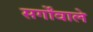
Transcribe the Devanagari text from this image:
सर्गोंवाले